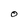
Character: O